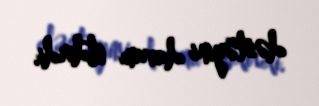
dəstəyini davam etdirdi.